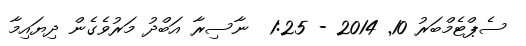
ސެޕްޓެމްބަރު 10